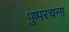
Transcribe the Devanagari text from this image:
पुष्परचना